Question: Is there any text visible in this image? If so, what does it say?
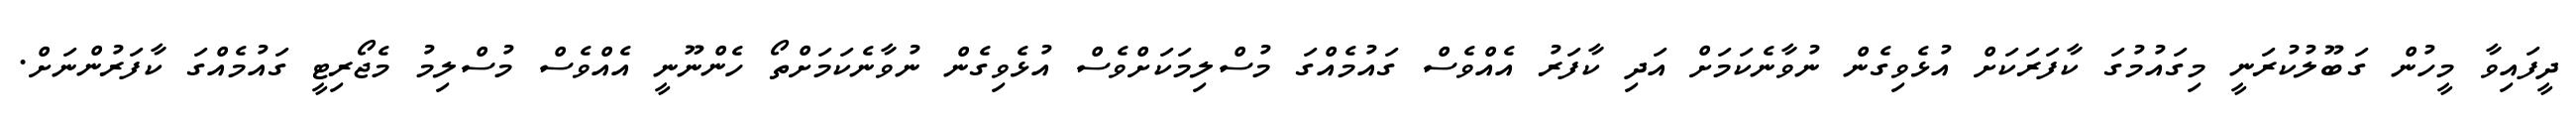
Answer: ދީފައިވާ މީހުން ގަބޫލުކުރަނީ މިގައުމުގަ ކާފަރަކަށް އުޅެވިގެން ނުވާނެކަމަށް އަދި ކާފަރު އެއްވެސް ގައުމެއްގަ މުސްލިމަކަށްވެސް އުޅެވިގެން ނުވާނެކަމަށްތޯ ހެންނޫނީ އެއްވެސް މުސްލިމު މެޖޯރިޓީ ގައުމެއްގަ ކާފަރުންނަށް.